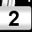
Digit: 2